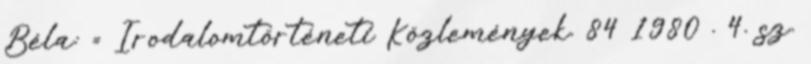
Béla: = Irodalomtörténeti Közlemények. 84 1980 . 4. sz.